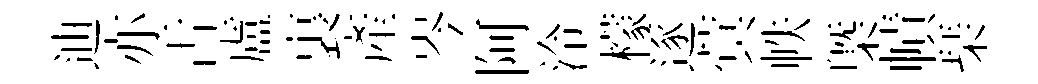
迪亦舌盧裏産岑阿泠檬逐蓂帙㮣幘琹